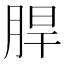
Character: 䏷